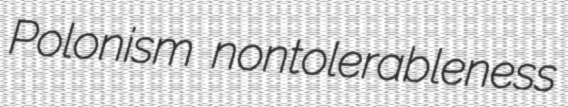
Polonism nontolerableness